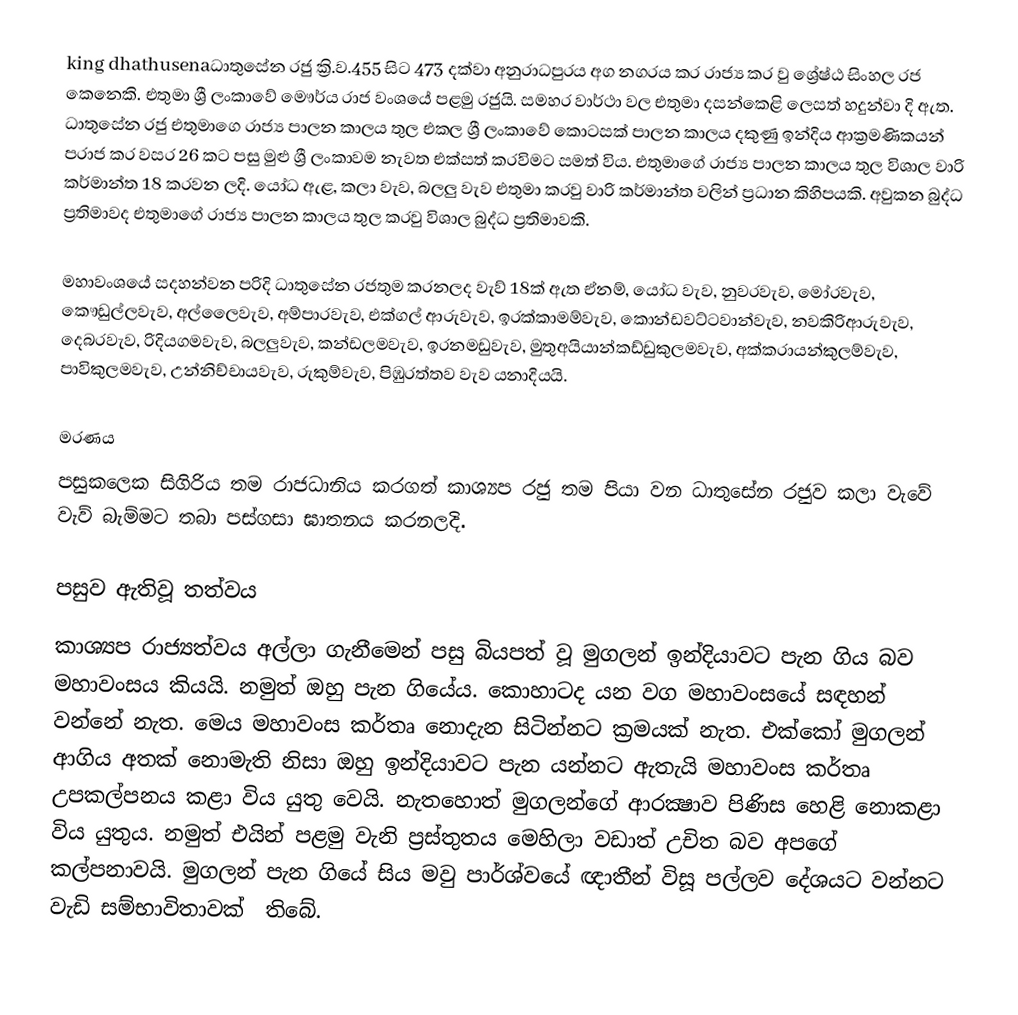
king dhathusenaධාතුසේන රජු  ක්‍රි.ව.455 සිට 473 දක්වා අනුරාධපුරය අග නගරය කර රාජ්‍ය කර වු  ශ්‍රේෂ්ඨ සිංහල රජ කෙනෙකි. එතුමා ශ්‍රී ලංකාවේ   මෞර්ය රාජ වංශයේ පළමු රජුයි. සමහර වාර්ථා වල එතුමා දසන්කෙළි ලෙසත් හදුන්වා දි ඇත. ධාතුසේන රජු එතුමාගෙ රාජ්‍ය  පාලන කාලය තුල එකල ශ්‍රී ලංකාවේ කොටසක් පාලන කාලය දකුණු ඉන්දිය ආක්‍රමණිකයන් පරාජ කර වසර 26 කට පසු මුළු ශ්‍රී ලංකාවම නැවත එක්සත් කරවිමට සමත් විය. එතුමාගේ  රාජ්‍ය පාලන කාලය තුල විශාල වාරි කර්මාන්ත 18 කරවන ලදි.  යෝධ ඇළ, කලා වැව, බලලු වැව එතුමා කරවු වාරි කර්මාන්ත වලින්  ප්‍රධාන කිහිපයකි. අවුකන බුද්ධ ප්‍රතිමාවද එතුමාගේ රාජ්‍ය  පාලන කාලය තුල කරවු විශාල බුද්ධ  ප්‍රතිමාවකි.

මහාවංශයේ සදහන්වන පරිදි ධාතුසේන රජතුම කරනලද වැව් 18ක් ඇත ඒනම්, යෝධ වැව, නුවරවැව, මෝරවැව, කෞඩුල්ලවැව, අල්ලෛවැව, අම්පාරවැව, එක්ගල් ආරුවැව, ඉරක්කාමම්වැව, කොන්ඩවට්ටවාන්වැව, නවකිරිආරුවැව, දෙබරවැව, රිදියගමවැව, බලලුවැව, කන්ඩලමවැව, ඉරනමඩුවැව, මුතුඅයියාන්කඩ්ඩුකුලමවැව, අක්කරායන්කුලම්වැව, පාවිකුලමවැව, උන්නිච්චායවැව, රුකුම්වැව, පිඹුරත්තව වැව යනාදියයි.

මරණය
පසුකලෙක සිගිරිය තම රාජධානිය කරගත් කාශ්‍යප රජු තම පියා වන ධාතුසේන රජුව කලා වැවේ වැව් බැම්මට තබා පස්ගසා ඝාතනය කරනලදි.

පසුව ඇතිවූ තත්වය
කාශ්‍යප රාජ්‍යත්වය අල්ලා ගැනීමෙන් පසු බියපත් වූ මුගලන්  ඉන්දියාවට පැන ගිය බව මහාවංසය කියයි. නමුත් ඔහු පැන ගියේය. කොහාටද යන වග මහාවංසයේ සඳහන් වන්නේ නැත. මෙය මහාවංස කර්තෘ නොදැන සිටින්නට ක්‍රමයක්‌ නැත. එක්‌කෝ මුගලන් ආගිය අතක්‌ නොමැති නිසා ඔහු ඉන්දියාවට පැන යන්නට ඇතැයි මහාවංස කර්තෘ උපකල්පනය කළා විය යුතු වෙයි. නැතහොත් මුගලන්ගේ ආරක්‍ෂාව පිණිස හෙළි නොකළා විය යුතුය. නමුත් එයින් පළමු වැනි ප්‍රස්‌තුතය මෙහිලා වඩාත් උචිත බව අපගේ කල්පනාවයි. මුගලන් පැන ගියේ සිය මවු පාර්ශ්වයේ ඥාතීන් විසූ පල්ලව දේශයට වන්නට වැඩි සම්භාවිතාවක් ‌ තිබේ.